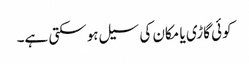
کوئی گاڑی یا مکان کی سیل ہوسکتی ہے۔